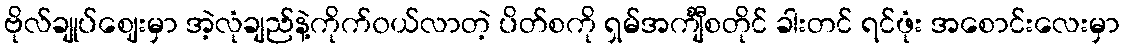
ဗိုလ်ချုပ်ဈေးမှာ အဲ့လုံချည်နဲ့ကိုက်၀ယ်လာတဲ့ ပိတ်စကို ရှမ်အင်္ကျီစတိုင် ခါးတင် ရင်ဖုံး အစောင်းလေးမှာ